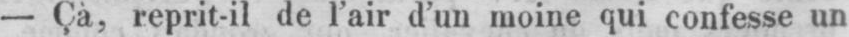
- Cà, reprit-il de l’air d’un moine qui confesse un